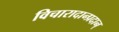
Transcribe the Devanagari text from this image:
विचारादान्प्रदान्